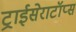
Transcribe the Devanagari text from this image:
ट्राईसेराटॉप्स